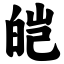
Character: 皑